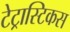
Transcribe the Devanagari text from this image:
टेट्रास्टिकस